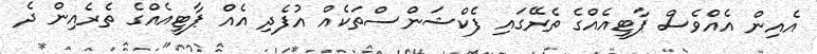
އެއިން އެއްވެސް ޕާޓީއެއްގެ ތެރޭގައި ފެކްޝަންސްތަކެއް އުފެދި އެއް ޕާޓީއެއްގެ ތެރެއިން ދެ